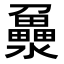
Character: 𤃻